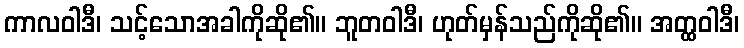
ကာလဝါဒီ၊ သင့်သောအခါကိုဆို၏။ ဘူတဝါဒီ၊ ဟုတ်မှန်သည်ကိုဆို၏။ အတ္ထဝါဒီ၊